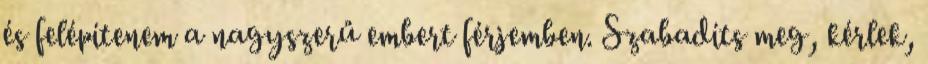
és felépítenem a nagyszerű embert férjemben. Szabadíts meg, kérlek,